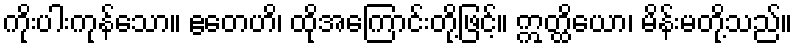
ကိုးပါးကုန်သော။ ဧတေဟိ၊ ထိုအကြောင်းတို့ဖြင့်။ ဣတ္ထိယော၊ မိန်းမတို့သည်။